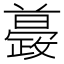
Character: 𣀚